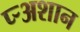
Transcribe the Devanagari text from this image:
प्र्‍अशान